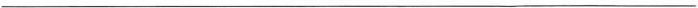
___